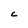
Character: C